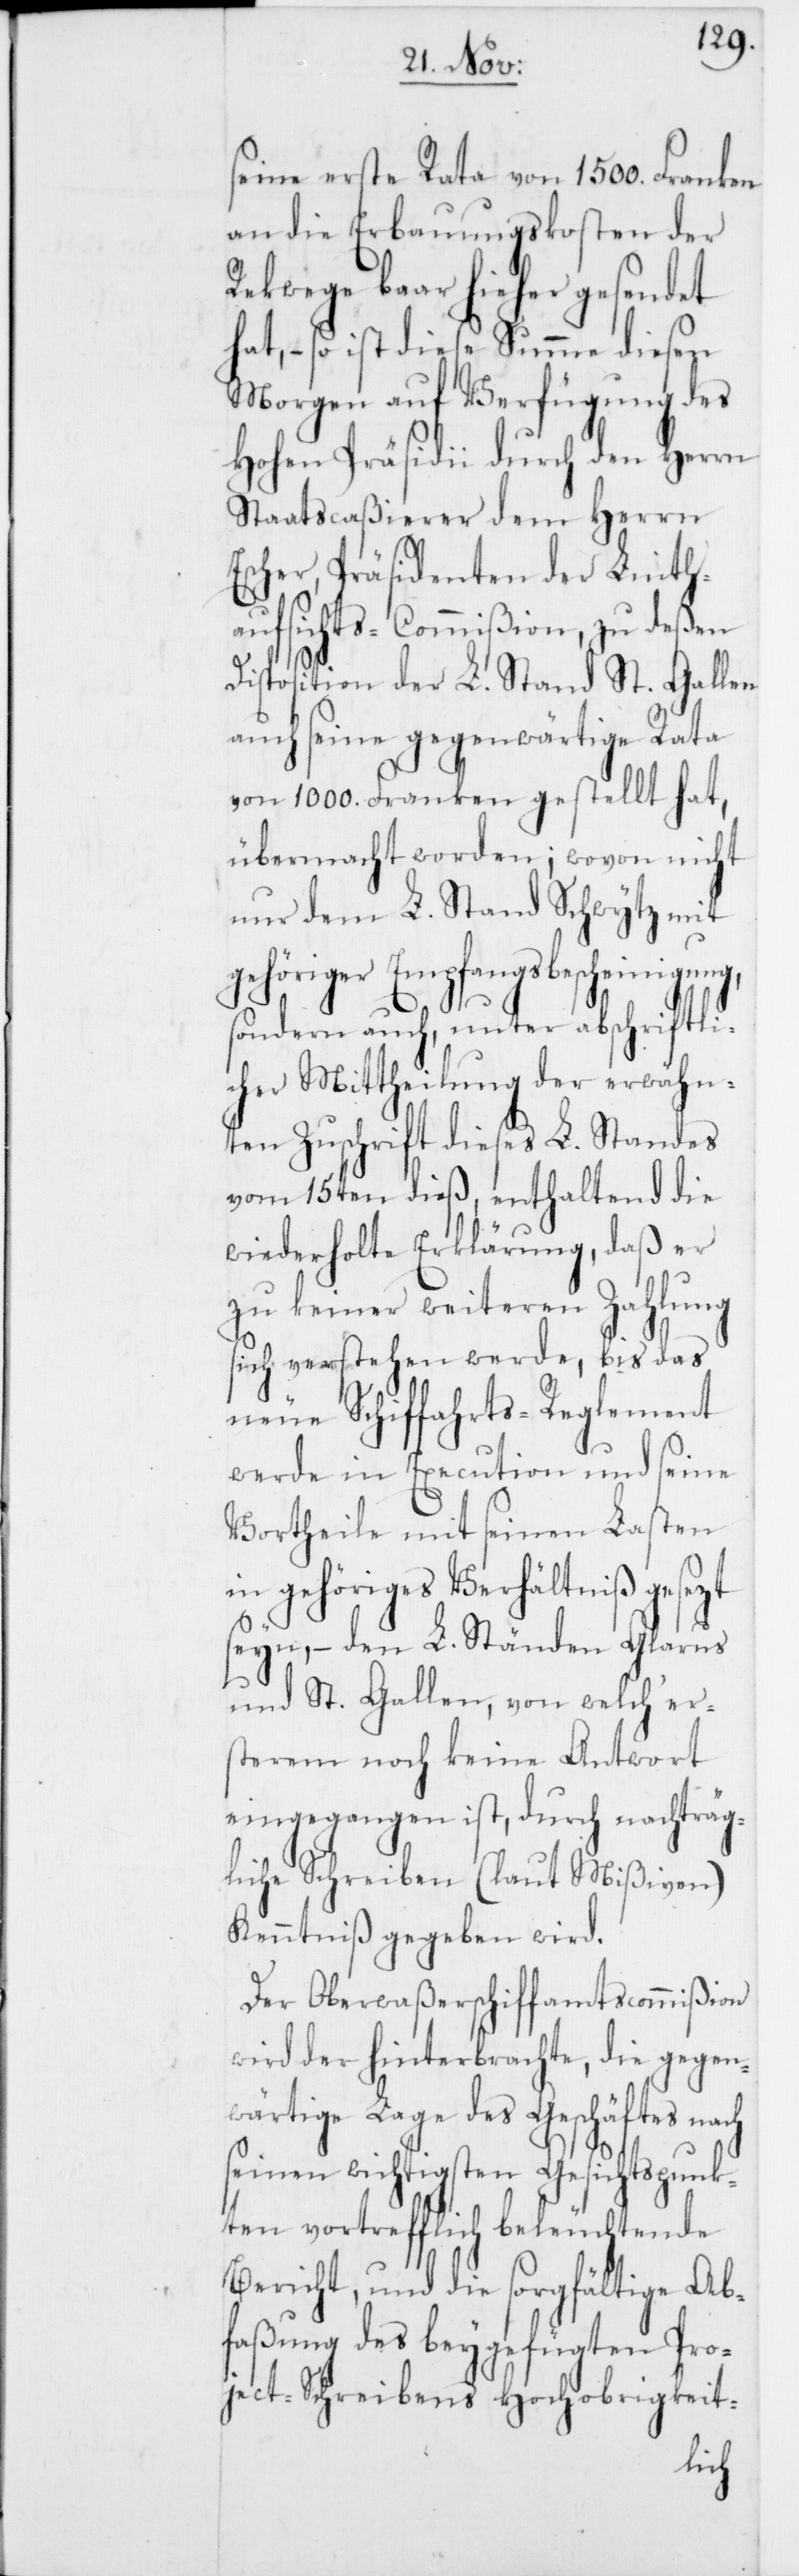
seine erste Rata von 1500. Frank¬
an die Erbauungsko¬
der
Rekwege baar hieher gesendet
hat, – so ist diese Summe
g des
Morgen auf Verfü¬
Hohen Präsidii durch den Herrn
gun¬
Staatscaßierer dem H¬
Escher, Präsidenten der Linth¬
aufsichts-Commißion, zu deßen
Disposition der L. Stand St. Gallen
auch seine gegenwärtige Rata
von 1000. Franken gestellt hat,
übermacht worden; wovon nicht
nur dem L. Stand Schwytz mit
gehöriger Empfangsbescheinigung,
sondern auch, unter abschriftli¬
cher Mittheilung der erwähn¬
ten Zuschrift dieses L. Standes
vom 15ten dieß, enthaltend die
wiederholte Erklärung, daß er
zu keiner weiteren Zahlung
sich verstehen werde, bis das
neue Schiffahrts-Reglement
werde in Execution und seine
Vortheile mit seinen Lasten
in gehöriges Verhältniß gesezt
seyn, – den L. Ständen Glarus
und St. Gallen, von welch‘ er¬
sterem noch keine Antwort
eingegangen ist, durch nachträg¬
liche Schreiben (laut Mißiven)
Kenntniß gegeben wird.
Der Oberwaßerschiffamtscommißion
wird der hinterbrachte, die gegen¬
wärtige Lage des Geschäftes na¬
seinen wichtigsten Gesichtspunk¬
ten vortrefflich beleucht¬
ende
Bericht, und die sorgfältige Ab¬
faßung des
errn
ch